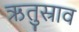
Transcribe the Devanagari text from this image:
ऋतुस्राव